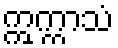
ဣက္ကာသံ